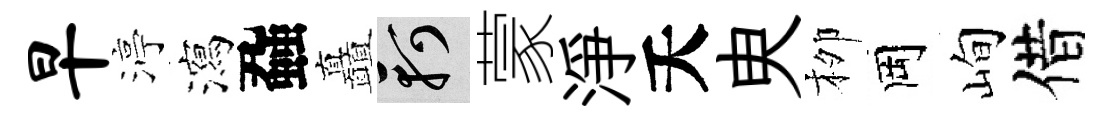
早渟瀉蝨矗軻蒙淨夭㬰栁岡峋借